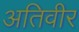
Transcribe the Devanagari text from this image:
अतिवीर